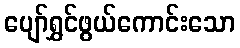
ပျော်ရွှင်ဖွယ်ကောင်းသော